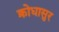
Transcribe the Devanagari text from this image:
क्रोधासुर